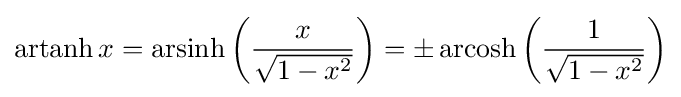
\operatorname {artanh} x=\operatorname {arsinh} \left({\frac {x}{\sqrt {1-x^{2}}}}\right)=\pm \operatorname {arcosh} \left({\frac {1}{\sqrt {1-x^{2}}}}\right)